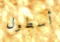
أسطول